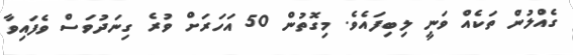
ގެއްލުން ތަކެއް ވަނީ ލިބިފައެވެ. މިގޮތުން 50 އަހަރަށް ވުރެ ގިނަދުވަސް ވެފައިވާ